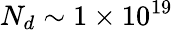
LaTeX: N_{d}\sim 1\times 10^{19}